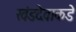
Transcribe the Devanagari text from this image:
खंडदेवाकडे